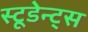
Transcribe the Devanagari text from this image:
स्टूडेन्ट्स